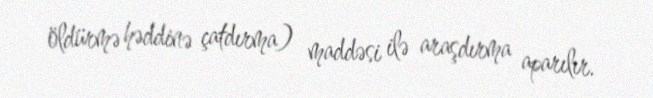
öldürmə həddinə çatdırma) maddəsi ilə araşdırma aparılır.